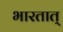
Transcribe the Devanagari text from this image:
भारतात्